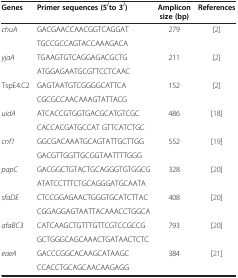
| Genes | Primer sequences (5/to 3/) | Amplicon size (bp) | References |
 | --- | --- | --- | --- |
 | chuA | GACGAACCAACGGTCAGGAT | 279 | [2] |
 |  | TGCCGCCAGTACCAAAGACA |  |  |
 | yjaA | TGAAGTGTCAGGAGACGCTG | 211 | [2] |
 |  | ATGGAGAATGCGTTCCTCAAC |  |  |
 | TspE4.C2 | GAGTAATGTCGGGGCATTCA | 152 | [2] |
 |  | CGCGCCAACAAAGTATTACG |  |  |
 | uidA | ATCACCGTGGTGACGCATGTCGC | 486 | [18] |
 |  | CACCACGATGCCAT GTTCATCTGC |  |  |
 | cnf1 | GGCGACAAATGCAGTATTGCTTGG | 552 | [19] |
 |  | GACGTTGGTTGCGGTAATTTTGGG |  |  |
 | papC | GACGGCTGTACTGCAGGGTGTGGCG | 328 | [20] |
 |  | ATATCCTTTCTGCAGGGATGCAATA |  |  |
 | sfaDE | CTCCGGAGAACTGGGTGCATCTTAC | 408 | [20] |
 |  | CGGAGGAGTAATTACAAACCTGGCA |  |  |
 | afaBC3 | CATCAAGCTGTTTGTTCGTCCGCCG | 793 | [20] |
 |  | GCTGGGCAGCAAACTGATAACTCTC |  |  |
 | eaeA | GACCCGGCACAAGCATAAGC | 384 | [21] |
 |  | CCACCTGCAGCAACAAGAGG |  |  |